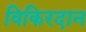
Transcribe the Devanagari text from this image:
विकिरदान